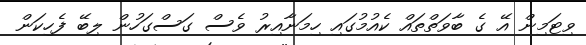
ވިޓަމިން އޭ ގެ ބާވަތްތައް ކެއުމުގައި ހިމަނާއިރު ވެސް ގަސްގަހުން ލިބޭ ފެހިކަން